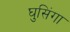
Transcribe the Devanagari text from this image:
घुसिंगा